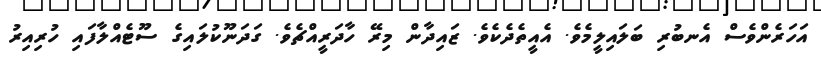
އަހަރެންވެސް އެނބުރި ބަލައިލީމެވެ. އެއީތެދެކެވެ. ޒައިދާން މިރޭ ހާދަރީއްޗެވެ. ގަދަނޫކުލައިގެ ސޫޓެއްލާފައި ހުރިއިރު